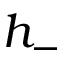
h _ { - }